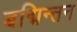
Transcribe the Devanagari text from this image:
बद्मिन्तन